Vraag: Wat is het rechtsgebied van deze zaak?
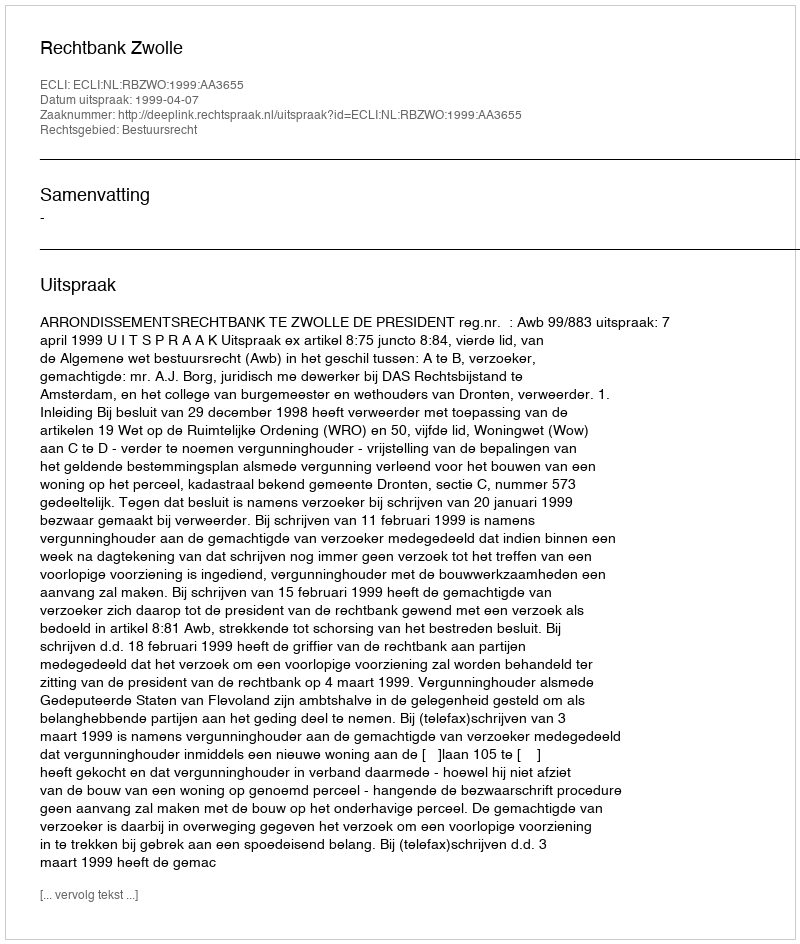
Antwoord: Bestuursrecht